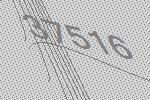
37516